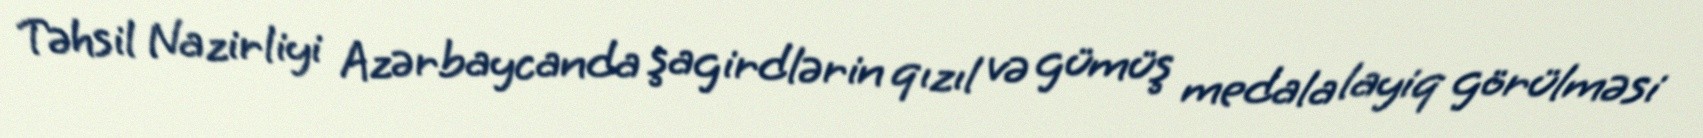
Təhsil Nazirliyi Azərbaycanda şagirdlərin qızıl və gümüş medala layiq görülməsi